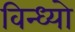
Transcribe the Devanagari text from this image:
विन्ध्यो